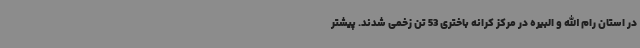
در استان رام الله و البیره در مرکز کرانه باختری 53 تن زخمی شدند. پیشتر